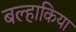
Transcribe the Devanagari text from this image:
बल्हाकिया